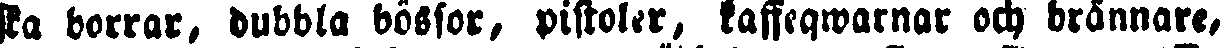
ska borrar, dubbla bössor, pistoler, kaffeqwarnar och brännare,